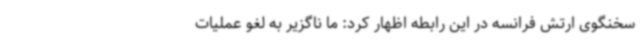
سخنگوی ارتش فرانسه در این رابطه اظهار کرد: ما ناگزیر به لغو عملیات